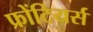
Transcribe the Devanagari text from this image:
फ्रोंटियर्स